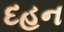
દહન